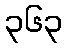
၃၆၃